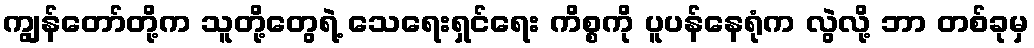
ကျွန်တော်တို့က သူတို့တွေရဲ့ သေရေးရှင်ရေး ကိစ္စကို ပူပန်နေရုံက လွဲလို့ ဘာ တစ်ခုမှ